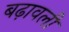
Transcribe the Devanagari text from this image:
बढ़ावली